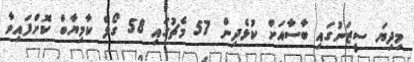
މިދިޔަ ސީޒަނުގައި ބާސާއަށް ކުޅެދިން 57 މެޗުގައި 58 ގޯލް ކާމިޔާބް ކޮށްފައިވާ